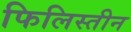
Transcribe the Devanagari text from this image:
फिलिस्‍तीन